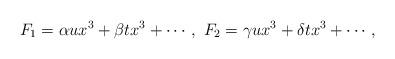
LaTeX: \begin{align*}F_1 = \alpha u x^3 + \beta t x^3 + \cdots, \ F_2 = \gamma u x^3 + \delta t x^3 + \cdots,\end{align*}